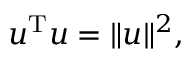
u ^ { \mathrm { T } } u = \| u \| ^ { 2 } ,